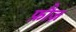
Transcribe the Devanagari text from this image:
फ़ौज़